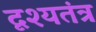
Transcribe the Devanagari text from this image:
दृश्यतंत्र